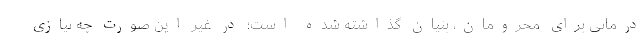
درمانی برای محرومان، بنیان گذاشته شده است؛ در غیر این صورت چه نیازی